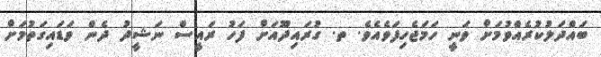
ބައްދަލުކުރެއްވުމަށް ވަނީ ހަމަޖެހިފަވެއެވެ. ތ. ގުރައިދޫއަށް ފަހު ރައީސް ނަޝީދު ދެން ވަޑައިގަތުމަށް